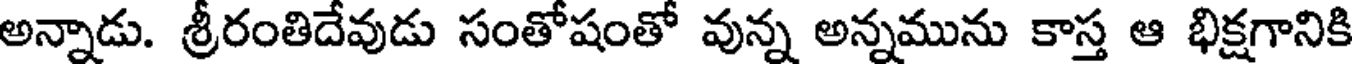
అన్నాడు. శ్రీరంతిదేవుడు సంతోషంతో వున్న అన్నమును కాస్త ఆ భిక్షగానికి